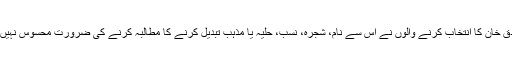
صادق خان کا انتخاب کرنے والوں نے اس سے نام، شجرہ، نسب، حلیہ یا مذہب تبدیل کرنے کا مطالبہ کرنے کی ضرورت محسوس نہیں کی۔